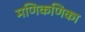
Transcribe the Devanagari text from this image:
मणिकणिका